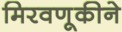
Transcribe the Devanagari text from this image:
मिरवणूकीने